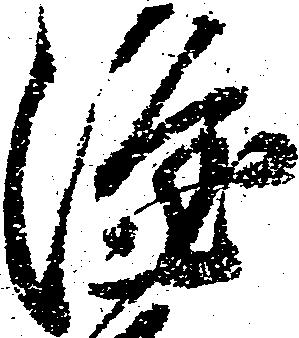
隆